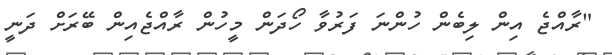
"ރާއްޖެ އިން ލިބެން ހުންނަ ފަރުވާ ހޯދަން މީހުން ރާއްޖެއިން ބޭރަށް ދަނީ